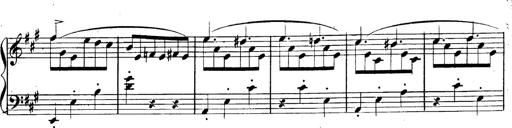
Title: 3 Caprices-Valses
Composer: Franz Liszt